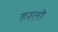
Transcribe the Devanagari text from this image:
हरतो